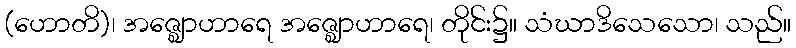
(ဟောတိ)၊ အဇ္ဈောဟာရေ အဇ္ဈောဟာရေ၊ တိုင်း၌။ သံဃာဒိသေသော၊ သည်။